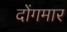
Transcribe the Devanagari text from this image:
दोंगमार